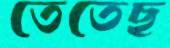
তেতেছ